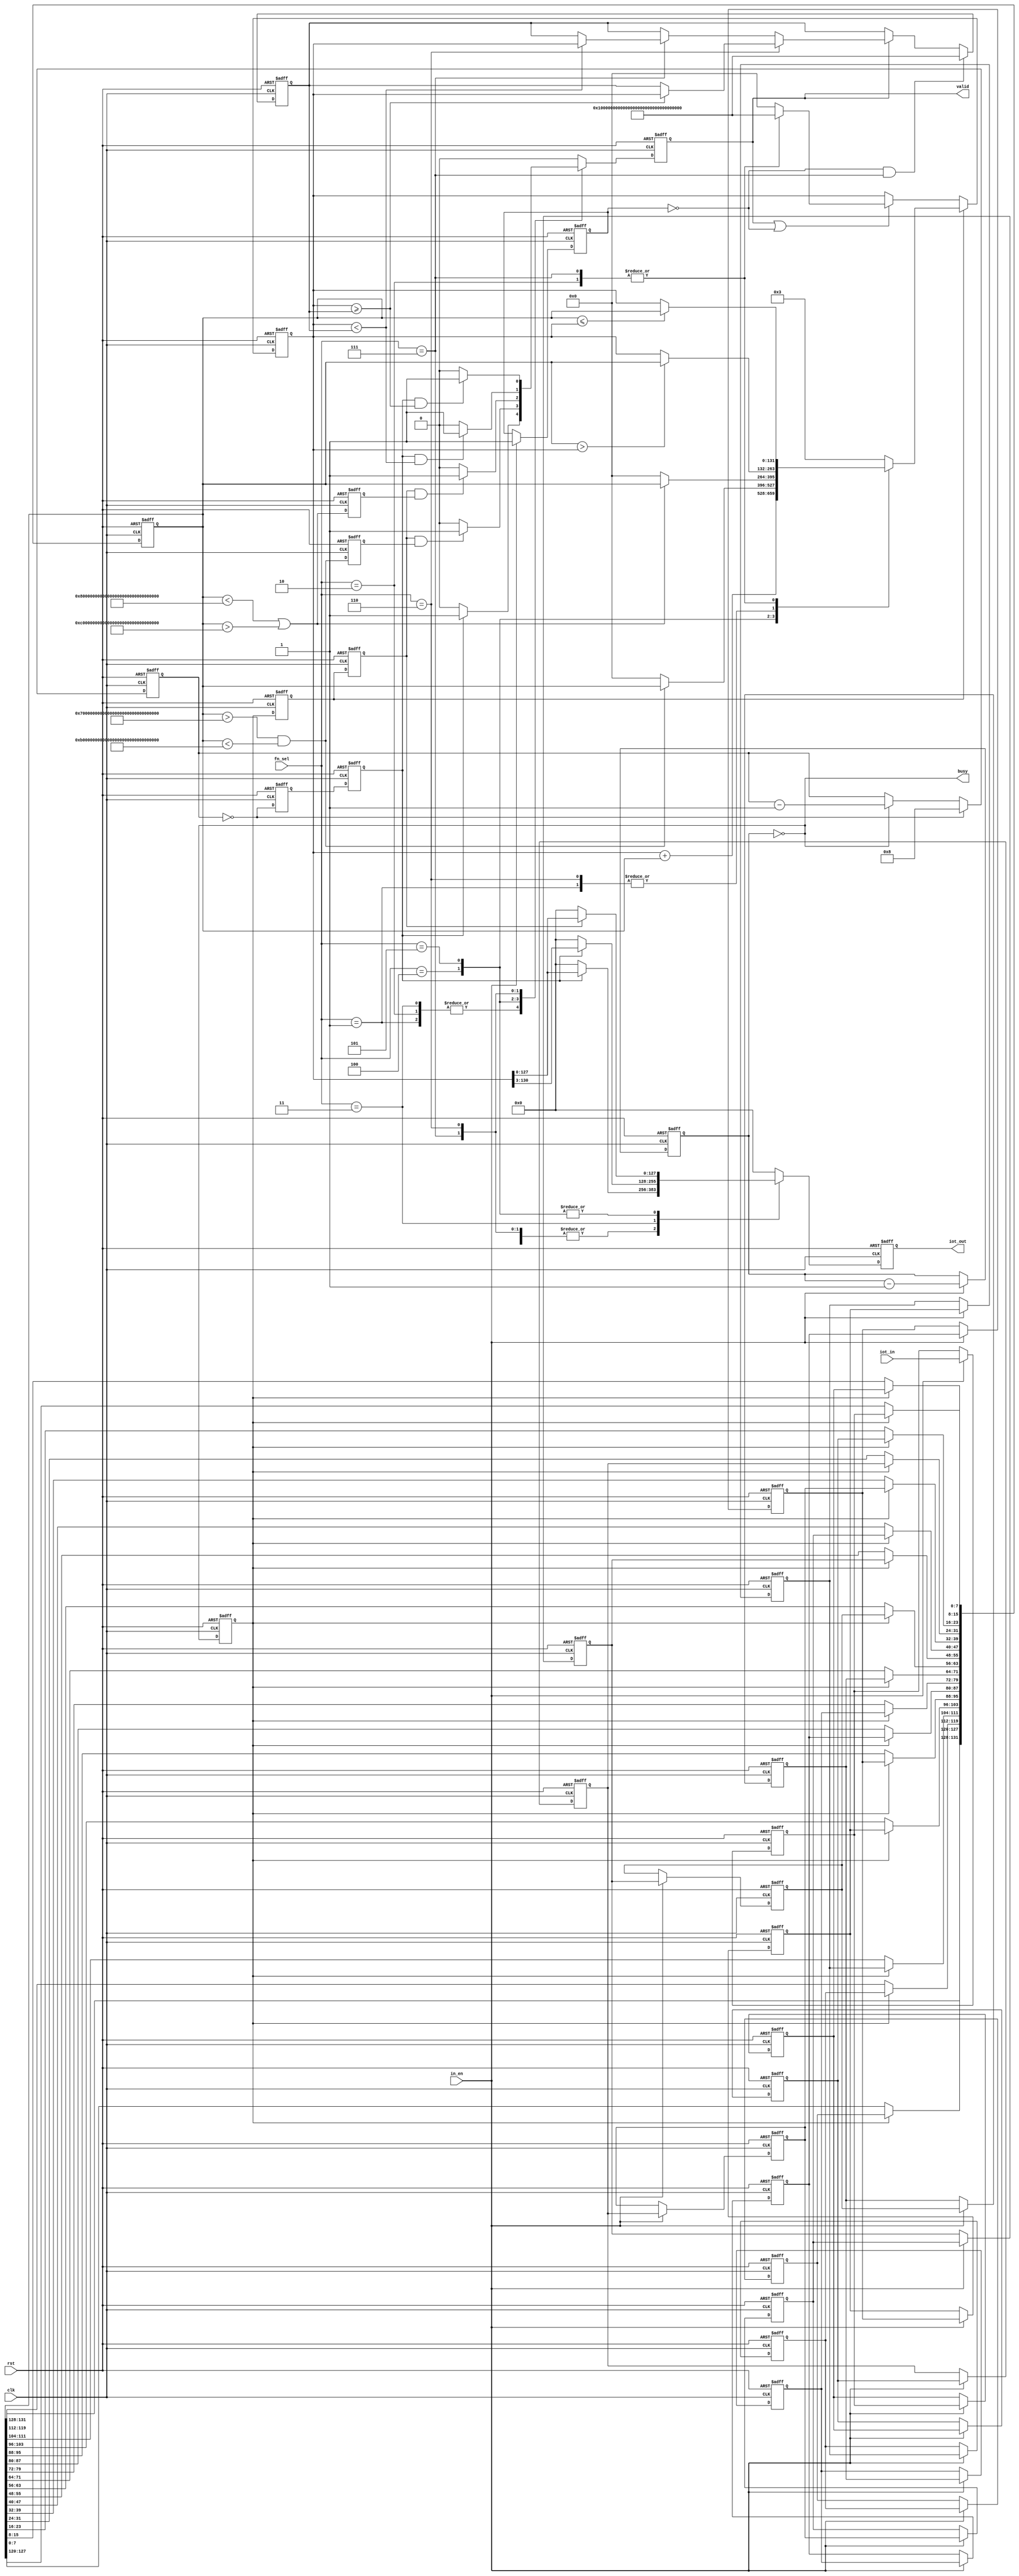
`timescale 1ns/10ps
module IOTDF( clk, rst, in_en, iot_in, fn_sel, busy, valid, iot_out);
  input          clk;
  input          rst;
  input          in_en;
  input  [7:0]   iot_in;
  input  [2:0]   fn_sel;
  output reg         busy;
  output reg         valid;
  output reg [127:0] iot_out;

  //================================
  //  PARAMETERS
  //================================
  integer i;
  
  parameter INPUT_DATA_WIDTH = 8;
  parameter WORD             = 128;
  parameter PERIOD = 16;
  parameter ROUND_COUNT = 8;
  localparam EXU_LOW =  128'h7fff_ffff_ffff_ffff_ffff_ffff_ffff_ffff;
  localparam EXU_HIGH = 128'hbfff_ffff_ffff_ffff_ffff_ffff_ffff_ffff;
  localparam EXT_LOW  = 128'h6fff_ffff_ffff_ffff_ffff_ffff_ffff_ffff;
  localparam EXT_HIGH  = 128'hafff_ffff_ffff_ffff_ffff_ffff_ffff_ffff;

  localparam  MAX = 1;
  localparam  MIN = 2;
  localparam  AVG = 3;
  localparam  EXTRACT = 4;
  localparam  EXCLUDE= 5;
  localparam  PEAK_MAX= 6;
  localparam  PEAK_MIN= 7;

  reg[3:0] pipe_down_cnt;
  reg[3:0] round_cnt;
  reg[3:0] total_time_cnt;
  reg[INPUT_DATA_WIDTH-1:0] iot_in_bufs[0:15];
  reg[WORD+3:0] alu_buf1;
  reg[WORD+3:0] peak_ff;
  reg[WORD+3:0] result_ff;
  reg state_bit;

  //================================================================
  //  MAIN DESIGN
  //================================================================
  //================================
  //  state indicators
  //================================
  wire   state_MAX      = fn_sel == 1;
  wire   state_MIN      = fn_sel == 2;
  wire   state_AVG      = fn_sel == 3;
  wire   state_EXTRACT  = fn_sel == 4;
  wire   state_EXCLUDE  = fn_sel == 5;
  wire   state_PEAK_MAX = fn_sel == 6;
  wire   state_PEAK_MIN = fn_sel == 7;

  //================================
  //  CONTROL FLAGS
  //================================
  wire round_ends_f  = round_cnt == 0;
  wire round_decre_f = pipe_down_cnt == 0;
  reg round_decre_d_f,round_decre_d2_f,round_decre_d3_f;
  reg round_ends_d_f,round_ends_d2_f;
  reg extract_d_f,extract_d2_f, exclude_d_f,exclude_d2_f;

  wire extract_f = (alu_buf1 > EXT_LOW && alu_buf1 < EXT_HIGH);
  wire exclude_f = (alu_buf1 < EXU_LOW || alu_buf1 > EXU_HIGH);
  wire peak_lt_f = (result_ff < peak_ff);
  wire peak_st_f = (result_ff >= peak_ff);

  always @(posedge clk or posedge rst)
  begin
    if (rst) begin
      round_decre_d_f <= 0;
      round_decre_d2_f <= 0;
      round_ends_d_f <= 0;
      round_ends_d2_f <= 0;
      round_decre_d3_f <= 0;
      extract_d_f    <= 0;
      //extract_d2_f   <= 0;
      exclude_d_f    <= 0;
      //exclude_d2_f   <= 0;
    end
    else begin
      round_decre_d_f <= round_decre_f;
      round_decre_d2_f <= round_decre_d_f;
      round_ends_d_f <= round_ends_f;
      round_ends_d2_f <= round_ends_d_f;
      round_decre_d3_f <= round_decre_d2_f;
      extract_d_f    <= extract_f;
      //extract_d2_f   <= extract_d_f;
      exclude_d_f    <= exclude_f;
      //exclude_d2_f   <= exclude_d_f;
    end
  end

  always @(posedge clk or posedge rst) begin 
      if(rst) begin
         state_bit <= 0;
      end 
      else if(in_en) begin
         state_bit <= 1;
      end
  end


  //================================
  //  CNT
  //================================
  always @(posedge clk or posedge rst)
  begin: DOWN_CNT
    if(rst)
    begin
      pipe_down_cnt <= 15;
    end
    else if(in_en)
    begin
      pipe_down_cnt <= pipe_down_cnt - 1;
    end
    else
    begin
      pipe_down_cnt <= pipe_down_cnt;
    end
  end

  always @(posedge clk or posedge rst)
  begin: ROUND_CNT
    if(rst)
    begin
      round_cnt <= 8;
    end
    else if(round_cnt == 0) begin
      round_cnt <= 8;
    end
    else if(round_decre_f)
    begin
      round_cnt <= round_cnt - 1;
    end
    else
    begin
      round_cnt <= round_cnt;
    end
  end

  always @(posedge clk or posedge rst) begin 
    if(rst) begin
      total_time_cnt <= 0;
    end 
    else if(valid) begin
      total_time_cnt <= total_time_cnt + 1;
    end
  end

  //================================
  //  BUFFERS
  //================================
  always @(posedge clk or posedge rst)
  begin
    if (rst)
    begin
      for ( i= 0; i<16; i=i+1)
      begin
        iot_in_bufs[i] <= 'd0;
      end
    end
    else if(in_en)
    begin
      iot_in_bufs[0] <= iot_in;
      for ( i= 0; i<15; i=i+1)
      begin
        iot_in_bufs[i+1] <= iot_in_bufs[i];
      end
    end
    else
    begin
      for ( i= 0; i<16; i=i+1)
      begin
        iot_in_bufs[i] <= iot_in_bufs[i];
      end
    end
  end

  //================================
  //  ALU
  //================================

  always @(posedge clk or posedge rst)
  begin
    if (rst)
    begin
      alu_buf1 <= 'd0;
    end
    else if(round_decre_d_f)
    begin
      for ( i= 0; i<16; i=i+1)
      begin
        alu_buf1[INPUT_DATA_WIDTH*i +: INPUT_DATA_WIDTH] <= iot_in_bufs[i];
      end
    end
    else
    begin
      alu_buf1 <= alu_buf1;
    end
  end


  always @(posedge clk or posedge rst)
  begin
    if (rst)
    begin
      result_ff <= 'd0;
    end
    else if(round_decre_d2_f)
    begin
      case(fn_sel)
        MAX:
        begin
          result_ff <= (alu_buf1 > result_ff) ? alu_buf1 : result_ff;
        end
        MIN:
        begin
          result_ff <= (alu_buf1 <= result_ff) ? alu_buf1 : result_ff;
        end
        AVG:
        begin
          result_ff <= result_ff + alu_buf1;
        end
        EXTRACT:
        begin
          result_ff <= extract_f ? alu_buf1 : 0;
        end
        EXCLUDE:
        begin
          result_ff <= exclude_f ? alu_buf1 : 0;
        end
        PEAK_MAX:
        begin
          result_ff <= (alu_buf1 > result_ff) ? alu_buf1 : result_ff;
        end
        PEAK_MIN:
        begin
          result_ff <= (alu_buf1 <= result_ff) ? alu_buf1 : result_ff;
        end
        default:
        begin
          result_ff <= 3;
        end
      endcase
    end
    else if(valid || !state_bit) begin
      case(fn_sel)
        MAX:
        begin
          result_ff <= 0;
        end
        MIN:
        begin
          result_ff <= 0-1;
        end
        AVG:
        begin
          result_ff <= 0;
        end
        EXTRACT:
        begin
          result_ff <= 0;
        end
        EXCLUDE:
        begin
          result_ff <= 0;
        end
        PEAK_MAX:
        begin
          result_ff <= 0;
        end
        PEAK_MIN:
        begin
          result_ff <= 0-1;
        end
        default:
        begin
          result_ff <= 0;
        end
      endcase
    end
    else
    begin
      result_ff <= result_ff;
    end
  end

  always @(posedge clk or posedge rst)
  begin
    if (rst)
    begin
      peak_ff <= 0;
    end
    else if(!state_bit & state_PEAK_MIN) begin
      peak_ff <= 0 -1 ;
    end
    else if(valid)
    begin
      if(state_PEAK_MAX) peak_ff <= peak_st_f ? result_ff : peak_ff;
      else if(state_PEAK_MIN) peak_ff <= peak_lt_f ? result_ff : peak_ff;
    end
    else
    begin
      peak_ff <= peak_ff;
    end
  end

  //================================
  //  I/O
  //================================
  always @(posedge clk or posedge rst)
  begin
    if(rst)
    begin
      valid <= 0;
    end
    else
    begin
      case(fn_sel)
        MAX,AVG,MIN:
        begin
          valid <= round_ends_d2_f ? 1 : 0;
        end
        EXTRACT:
        begin
          valid <= round_decre_d3_f & extract_d_f ? 1 : 0;
        end
        EXCLUDE:
        begin
          valid <= round_decre_d3_f & exclude_d_f ? 1 : 0;
        end
        PEAK_MIN:
        begin
          valid <= round_ends_d2_f & peak_lt_f ? 1 : 0;
        end
        PEAK_MAX:
        begin
          valid <= round_ends_d2_f & peak_st_f ? 1 : 0;
        end
        default:
        begin
          valid <=  0;
        end
      endcase
    end
  end

  always @(*) begin 
    busy = round_decre_f;
  end

  always @(posedge clk or posedge rst)
  begin
    if(rst)
    begin
      iot_out <= 0;
    end
    else
    begin
      case(fn_sel)
        PEAK_MIN,PEAK_MAX,MAX,MIN:
        begin
          iot_out <= round_ends_d2_f ? result_ff[127:0] : 0;
        end
        AVG:
        begin
          iot_out <= round_ends_d2_f ? result_ff[130:3] : 0;
        end
        EXCLUDE,EXTRACT:
        begin
          iot_out <= round_decre_d3_f ? result_ff[127:0] : 0;
        end
        default:
        begin
          iot_out <= 0;
        end
      endcase
    end
  end


endmodule